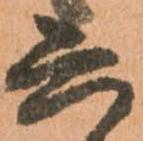
六